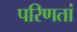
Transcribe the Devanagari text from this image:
परिणतां